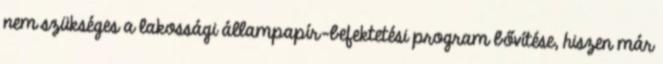
nem szükséges a lakossági állampapír-befektetési program bővítése, hiszen már